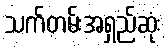
သက်တမ်းအရှည်ဆုံး